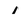
Character: 1